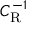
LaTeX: C _ { \mathrm { R } } ^ { - 1 }